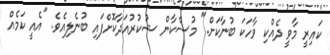
ކައިރީ މާވީ ދެއްކި ވާހަކަ ބުނާކަށް." މުސްކާން ޝުކުރުއަދާކޮށްފައި ބުނެލިއެވެ. "އެއީ ކަމެއް